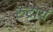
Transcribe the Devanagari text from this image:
रुद्रायं